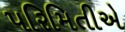
પરિમિતીએ